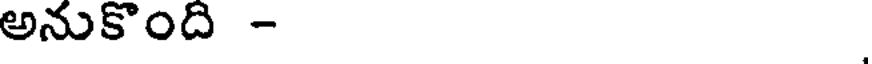
అనుకొంది -